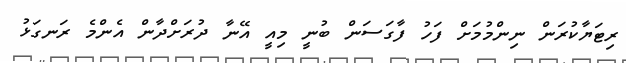
ރިޓަޔާކުރަން ނިންމުމަށް ފަހު ފާގަސަން ބުނީ މިއީ އޭނާ ދުރަށްދާން އެންމެ ރަނގަޅު